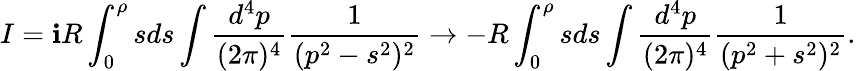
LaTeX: I=\mathbf{i}R\int_{0}^{\rho}sds\int\frac{{d^{4}p}}{{(2\pi)^{4}}}\frac{{1}}{{(p^{2}-s^{2})^{2}}}\rightarrow-R\int_{0}^{\rho}sds\int\frac{{d^{4}p}}{{(2\pi)^{4}}}\frac{{1}}{{(p^{2}+s^{2})^{2}}}.